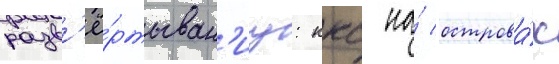
разв'ё́ртыван'иу: ккс на́ острова́х